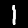
Digit: 1